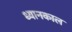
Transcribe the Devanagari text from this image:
ध्यानकाल